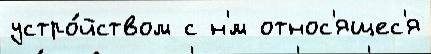
устро́йством с н'́м относ'ящес'я